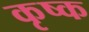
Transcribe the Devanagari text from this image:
कृष्क